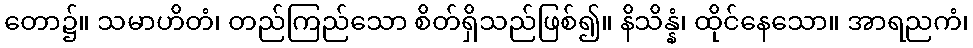
တော၌။ သမာဟိတံ၊ တည်ကြည်သော စိတ်ရှိသည်ဖြစ်၍။ နိသိန္နံ၊ ထိုင်နေသော။ အာရညကံ၊